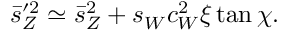
\bar { s } _ { Z } ^ { \prime 2 } \simeq \bar { s } _ { Z } ^ { 2 } + s _ { W } c _ { W } ^ { 2 } \xi \tan \chi .